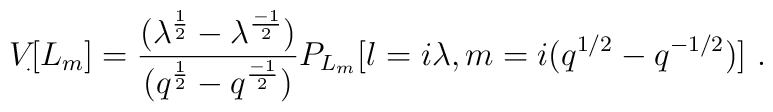
V_{\begin{picture}(.4,.7)\put(0,0){\line(1,0){.3}}\put(0,.3){\line(1,0){.3}}\multiput(0,0)(.3,0){2}{\line(0,1){.3}}\end{picture}}[L_m] = {(\lambda^{1\over 2} - \lambda^{-1 \over 2}) \over (q^{1 \over 2} - q^{-1\over 2})} P_{L_m}[l = i\lambda, m = i (q^{1/2}- q^{-1/2})]~.